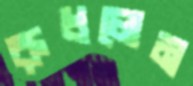
রুধলেম